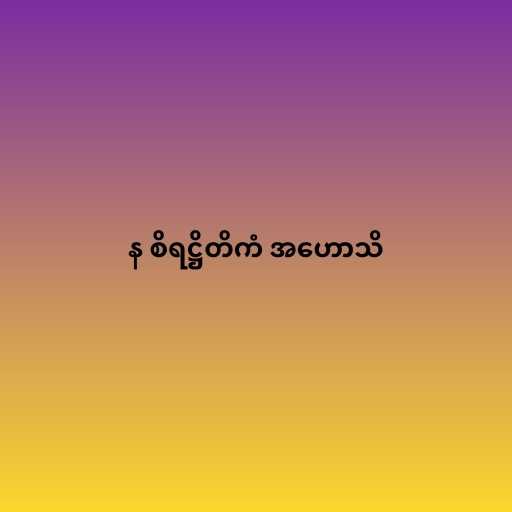
န စိရဋ္ဌိတိကံ အဟောသိ